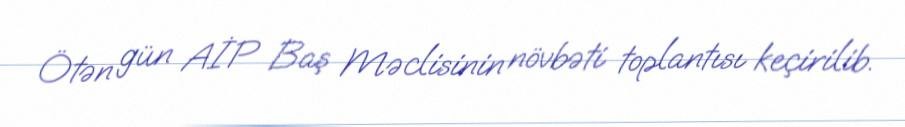
Ötən gün AİP Baş Məclisinin növbəti toplantısı keçirilib.